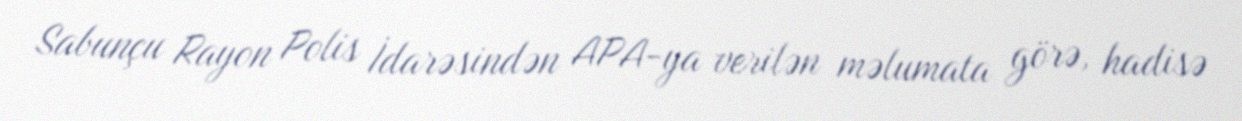
Sabunçu Rayon Polis İdarəsindən APA-ya verilən məlumata görə, hadisə